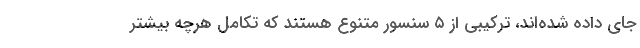
جای داده شده‌اند، ترکیبی از ۵ سنسور متنوع هستند که تکامل هرچه بیشتر